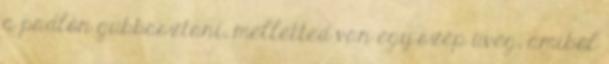
a padlón gubbasztani, melletted van egy szép üveg, amiből